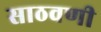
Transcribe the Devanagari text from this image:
साठवणी